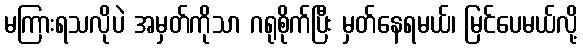
မကြားရသလိုပဲ အမှတ်ကိုသာ ဂရုစိုက်ပြီး မှတ်နေရမယ်၊ မြင်ပေမယ်လို့